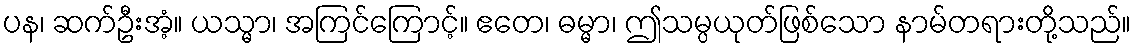
ပန၊ ဆက်ဦးအံ့။ ယသ္မာ၊ အကြင်ကြောင့်။ ဧတေ၊ ဓမ္မာ၊ ဤသမ္ပယုတ်ဖြစ်သော နာမ်တရားတို့သည်။